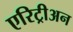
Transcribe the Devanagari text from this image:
एरिट्रीअन